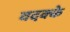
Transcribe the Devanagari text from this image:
वदक्के